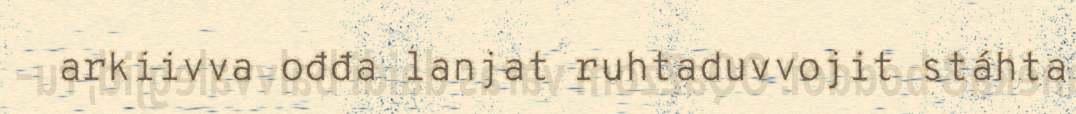
arkiivva ođđa lanjat ruhtaduvvojit stáhta